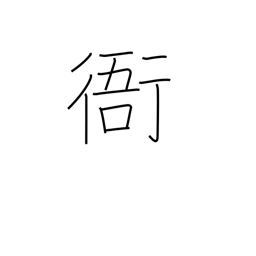
Meaning: government office